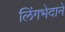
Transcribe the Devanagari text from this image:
लिंगभेदाने